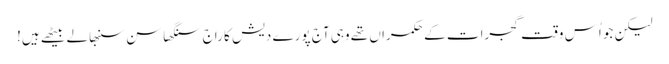
لیکن جو اُس وقت گجرات کے حکمراں تھے وہی آج پورے دیش کا راج سنگھاسن سنبھالے بیٹھے ہیں!